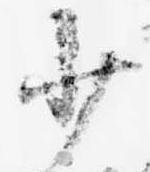
少